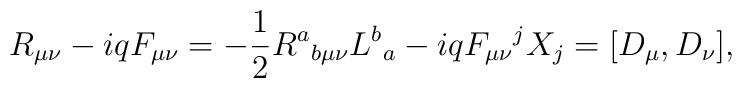
R_{\mu\nu}-iqF_{\mu\nu}=-\frac{1}{2}R^a{}_{b\mu\nu}L^b{}_a-iqF_{\mu\nu}{}^j X_j=[D_\mu,D_\nu],